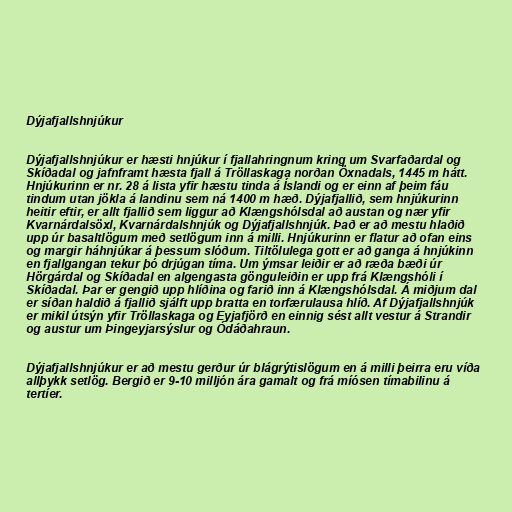
Dýjafjallshnjúkur

Dýjafjallshnjúkur er hæsti hnjúkur í fjallahringnum kring um Svarfaðardal og
Skíðadal og jafnframt hæsta fjall á Tröllaskaga norðan Öxnadals, 1445 m hátt.
Hnjúkurinn er nr. 28 á lista yfir hæstu tinda á Íslandi og er einn af þeim fáu
tindum utan jökla á landinu sem ná 1400 m hæð. Dýjafjallið, sem hnjúkurinn
heitir eftir, er allt fjallið sem liggur að Klængshólsdal að austan og nær yfir
Kvarnárdalsöxl, Kvarnárdalshnjúk og Dýjafjallshnjúk. Það er að mestu hlaðið
upp úr basaltlögum með setlögum inn á milli. Hnjúkurinn er flatur að ofan eins
og margir háhnjúkar á þessum slóðum. Tiltölulega gott er að ganga á hnjúkinn
en fjallgangan tekur þó drjúgan tíma. Um ýmsar leiðir er að ræða bæði úr
Hörgárdal og Skíðadal en algengasta gönguleiðin er upp frá Klængshóli í
Skíðadal. Þar er gengið upp hlíðina og farið inn á Klængshólsdal. Á miðjum dal
er síðan haldið á fjallið sjálft upp bratta en torfærulausa hlíð. Af Dýjafjallshnjúk
er mikil útsýn yfir Tröllaskaga og Eyjafjörð en einnig sést allt vestur á Strandir
og austur um Þingeyjarsýslur og Ódáðahraun.

Dýjafjallshnjúkur er að mestu gerður úr blágrýtislögum en á milli þeirra eru víða
allþykk setlög. Bergið er 9-10 milljón ára gamalt og frá míósen tímabilinu á
tertíer.